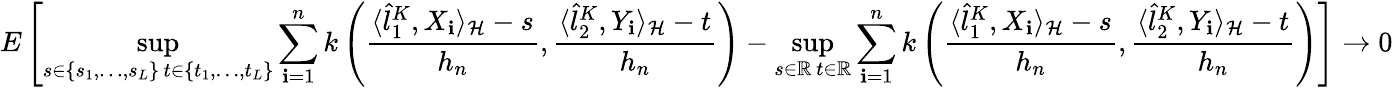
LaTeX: E\left[\operatorname*{sup}_{\substack{s\in\{ s_{1},\ldots,s_{L}\} \, t\in\{ t_{1},\ldots,t_{L}\} }}\sum_{\mathbf{i}=1}^{n}k\left(\frac{{\langle\hat{{l}}_{1}^{K},X_{\mathbf{i}}\rangle_{\cal{H}}-s}}{{h_{n}}},\frac{{\langle\hat{{l}}_{2}^{K},Y_{\mathbf{i}}\rangle_{\cal{H}}-t}}{{h_{n}}}\right)-\operatorname*{sup}_{\substack{s\in\mathbb{{R}}\, t\in\mathbb{{R}}}}\sum_{\mathbf{i}=1}^{n}k\left(\frac{{\langle\hat{{l}}_{1}^{K},X_{\mathbf{i}}\rangle_{\cal{H}}-s}}{{h_{n}}},\frac{{\langle\hat{{l}}_{2}^{K},Y_{\mathbf{i}}\rangle_{\cal{H}}-t}}{{h_{n}}}\right)\right]\rightarrow0